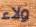
ولاء